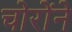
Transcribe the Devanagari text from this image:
चोरोंने